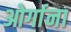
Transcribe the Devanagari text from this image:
ओर्गाना